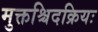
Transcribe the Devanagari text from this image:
मुक्तश्चिदक्रियः